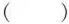
()